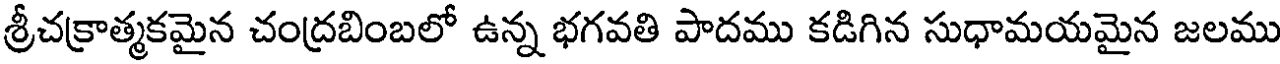
శ్రీచక్రాత్మకమైన చంద్రబింబలో ఉన్న భగవతి పాదము కడిగిన సుధామయమైన జలము